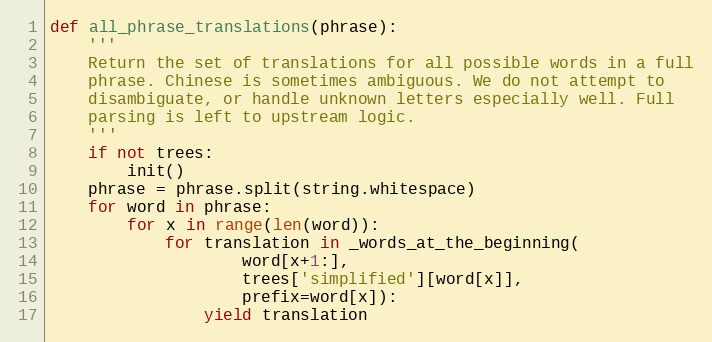
Language: Python
def all_phrase_translations(phrase):
    '''
    Return the set of translations for all possible words in a full
    phrase. Chinese is sometimes ambiguous. We do not attempt to
    disambiguate, or handle unknown letters especially well. Full
    parsing is left to upstream logic.
    '''
    if not trees:
        init()
    phrase = phrase.split(string.whitespace)
    for word in phrase:
        for x in range(len(word)):
            for translation in _words_at_the_beginning(
                    word[x+1:],
                    trees['simplified'][word[x]],
                    prefix=word[x]):
                yield translation